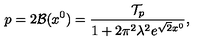
p = 2 { \cal B } ( x ^ { 0 } ) = { \frac { { \cal T } _ { p } } { 1 + 2 \pi ^ { 2 } \lambda ^ { 2 } e ^ { \sqrt { 2 } x ^ { 0 } } } } ,